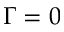
\Gamma = 0